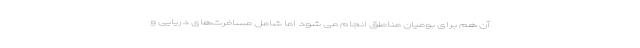
آن هم برای بومیان مناطق انجام می شود اما شامل مسافرت‌های دریایی و